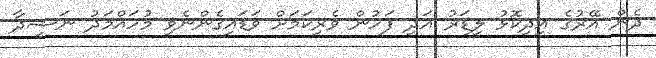
ދެން އޭރުގެ އިދިކޮޅު ލީޑަރު އަދި ފަހުން ވެރިކަމަށް ވަޑައިގެންނެވި މުހައްމަދު ނަޝީދާ